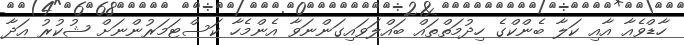
ހާޑްވެއާ އާއި ކަލާ ބެންކްގެ ހިދުމަތްތައް ބައްލަވައިގަންނަވާ އެންމެހާ ކަސްޓަމަރުންނަށް ޝުކުރު އަދާ